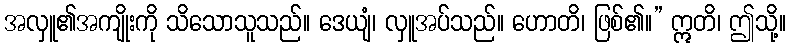
အလှူ၏အကျိုးကို သိသောသူသည်။ ဒေယျံ၊ လှူအပ်သည်။ ဟောတိ၊ ဖြစ်၏။” ဣတိ၊ ဤသို့။